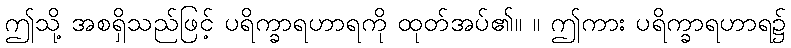
ဤသို့ အစရှိသည်ဖြင့် ပရိက္ခာရဟာရကို ထုတ်အပ်၏။ ။ ဤကား ပရိက္ခာရဟာရ၌